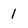
Character: 1